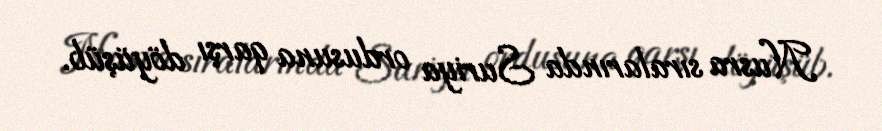
Nusra sıralarında Suriya ordusuna qarşı döyüşüb.